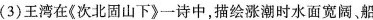
( 3 ) 王湾在《 次北固山下 》一诗中，描绘涨潮时水面宽阔，船